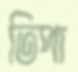
তিপা